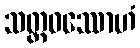
သတ္တဝဿောဟံ